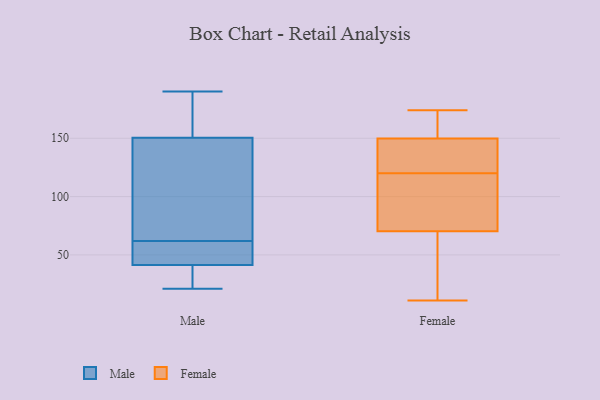
{"axis": {"x": "Latency (ms)", "y": "Value"}, "legend": ["Female", "Male"], "data": [{"x": "", "y": 55, "type": "Male"}, {"x": "", "y": 62, "type": "Male"}, {"x": "", "y": 21, "type": "Male"}, {"x": "", "y": 39, "type": "Male"}, {"x": "", "y": 190, "type": "Male"}, {"x": "", "y": 79, "type": "Male"}, {"x": "", "y": 182, "type": "Male"}, {"x": "", "y": 140, "type": "Male"}, {"x": "", "y": 188, "type": "Male"}, {"x": "", "y": 135, "type": "Male"}, {"x": "", "y": 182, "type": "Male"}, {"x": "", "y": 61, "type": "Male"}, {"x": "", "y": 56, "type": "Male"}, {"x": "", "y": 39, "type": "Male"}, {"x": "", "y": 29, "type": "Male"}, {"x": "", "y": 130, "type": "Male"}, {"x": "", "y": 42, "type": "Male"}, {"x": "", "y": 149, "type": "Female"}, {"x": "", "y": 123, "type": "Female"}, {"x": "", "y": 125, "type": "Female"}, {"x": "", "y": 32, "type": "Female"}, {"x": "", "y": 169, "type": "Female"}, {"x": "", "y": 64, "type": "Female"}, {"x": "", "y": 21, "type": "Female"}, {"x": "", "y": 132, "type": "Female"}, {"x": "", "y": 172, "type": "Female"}, {"x": "", "y": 120, "type": "Female"}, {"x": "", "y": 150, "type": "Female"}, {"x": "", "y": 97, "type": "Female"}, {"x": "", "y": 119, "type": "Female"}, {"x": "", "y": 174, "type": "Female"}, {"x": "", "y": 159, "type": "Female"}, {"x": "", "y": 11, "type": "Female"}, {"x": "", "y": 98, "type": "Female"}, {"x": "", "y": 20, "type": "Female"}, {"x": "", "y": 89, "type": "Female"}]}